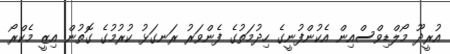
އުރީދޫ މޯލްޑިވްސްއިން އެކުންފުނީގެ ހިދުމަތުގެ ފެންވަރު ރަނގަޅު ކުރުމުގެ ގޮތުން އިޒީ މެކްރޯ